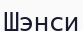
Шэнси